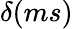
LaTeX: \delta(ms)